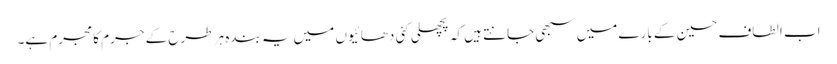
اب الطاف حسین کے بارے میں سبھی جانتے ہیں کہ پچھلی کئی دھائیوں میں یہ بندہ ہر طرح کے جرم کا مجرم ہے۔